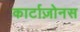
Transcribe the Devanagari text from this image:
कार्टाज़ोनस